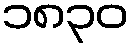
၁၈၃၀